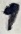
Text: 1